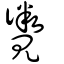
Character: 矀